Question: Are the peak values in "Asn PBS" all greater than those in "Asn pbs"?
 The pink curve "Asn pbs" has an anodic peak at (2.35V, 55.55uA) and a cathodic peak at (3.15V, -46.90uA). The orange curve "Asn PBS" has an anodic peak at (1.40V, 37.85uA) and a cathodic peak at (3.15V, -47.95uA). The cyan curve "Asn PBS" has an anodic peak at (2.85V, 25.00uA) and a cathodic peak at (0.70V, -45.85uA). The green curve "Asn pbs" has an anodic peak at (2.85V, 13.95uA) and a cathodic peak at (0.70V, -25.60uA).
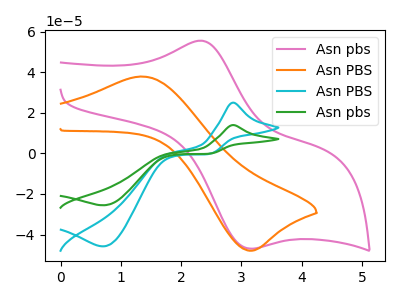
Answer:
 <answer>Every peak in "Asn PBS" is higher than every peak in "Asn pbs".</answer>
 <eval>higher</eval>